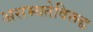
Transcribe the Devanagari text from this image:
असभ्यतेविरूद्ध